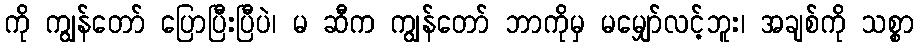
ကို ကျွန်တော် ပြောပြီးပြီပဲ၊ မ ဆီက ကျွန်တော် ဘာကိုမှ မမျှော်လင့်ဘူး၊ အချစ်ကို သစ္စာ